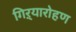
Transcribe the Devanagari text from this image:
गिऱ्यारोहण